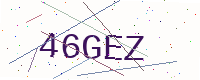
Text: 46GEZ